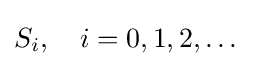
S_{i},\quad i=0,1,2,\dots